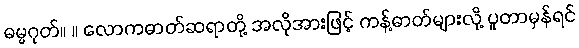
ဓမ္မဂုတ်။ ။ လောကဓာတ်ဆရာတို့ အလိုအားဖြင့် ကန့်ဓာတ်များလို့ ပူတာမှန်ရင်